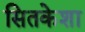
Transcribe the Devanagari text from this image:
सितकेशा